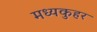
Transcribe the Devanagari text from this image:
मध्यकुहर